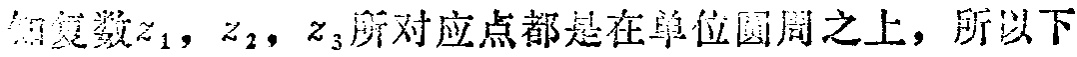
已知复数\(z_{1}\)，\(z_{2}\)，\(z_{3}\)所对应点都是在单位圆周之上，所以下